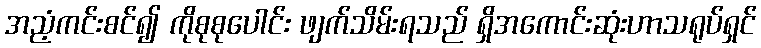
အညံ့ကင်းစင်၍ ကိုစုစုပေါင်း ဖျက်သိမ်းရသည် ရှိအကောင်းဆုံးဟာသရုပ်ရှင်